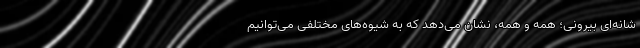
شانه‌ای بیرونی؛ همه و همه، نشان می‌دهد که به شیوه‌های مختلفی می‌توانیم